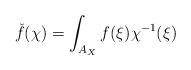
LaTeX: \begin{align*} \check f(\chi) = \int_{A_X} f(\xi) \chi^{-1}(\xi) \end{align*}